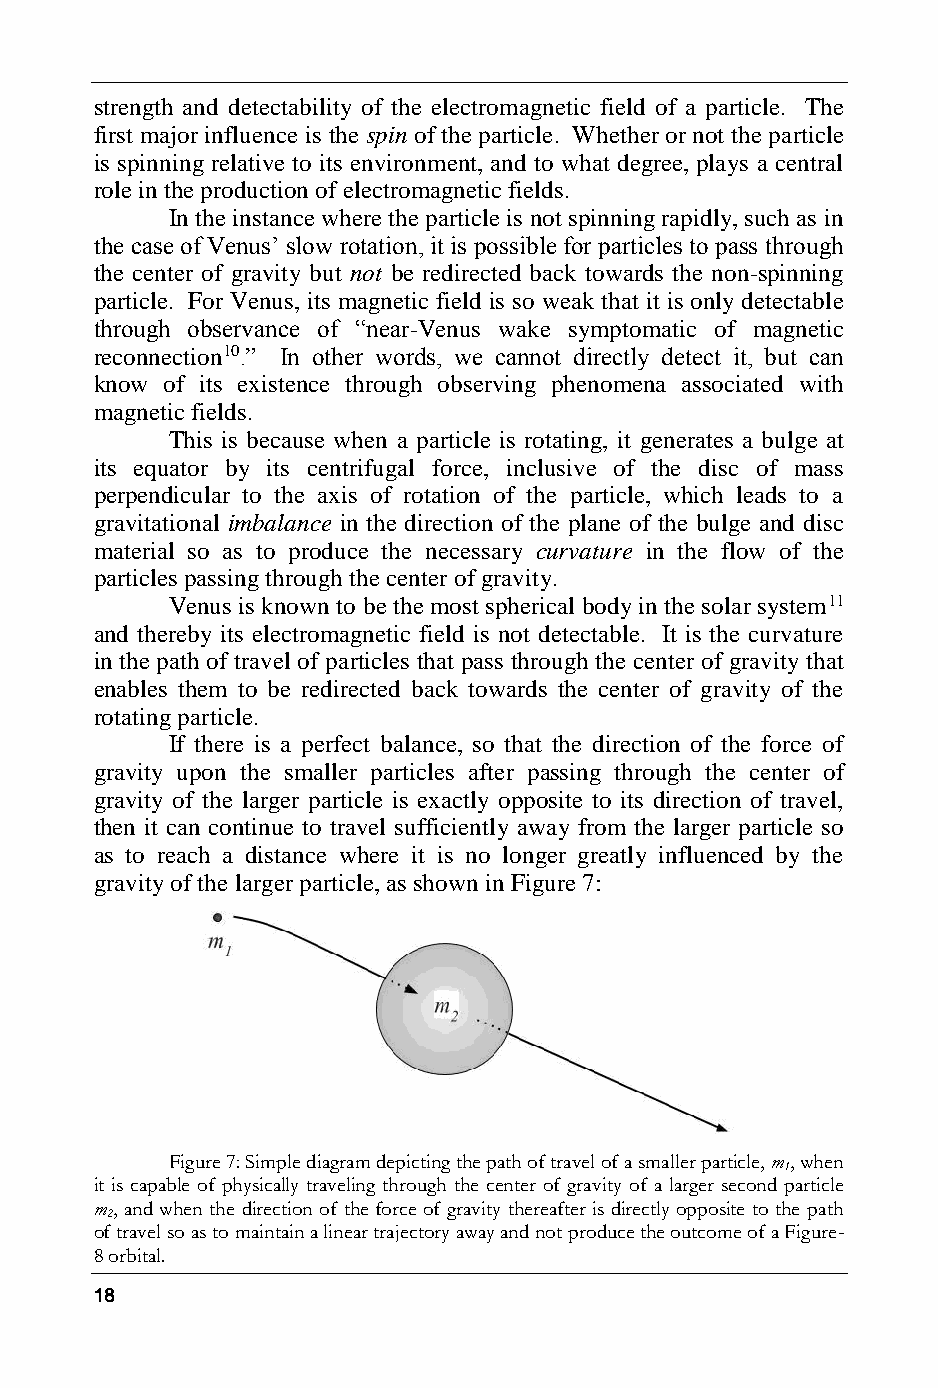
strength and detectability of the electromagnetic field of a particle. The
 first major influence is the spin of the particle. Whether or not the particle
 is spinning relative to its environment, and to what degree, plays a central
 role in the production of electromagnetic fields.
 In the instance where the particle is not spinning rapidly, such as in
 the case of Venus’ slow rotation, it is possible for particles to pass through
 the center of gravity but not be redirected back towards the non-spinning
 particle. For Venus, its magnetic field is so weak that it is only detectable
 through observance of “near-Venus wake symptomatic of magnetic
 reconnection10.” In other words, we cannot directly detect it, but can
 know of its existence through observing phenomena associated with
 magnetic fields.
 This is because when a particle is rotating, it generates a bulge at
 its equator by its centrifugal force, inclusive of the disc of mass
 perpendicular to the axis of rotation of the particle, which leads to a
 gravitational imbalance in the direction of the plane of the bulge and disc
 material so as to produce the necessary curvature in the flow of the
 particles passing through the center of gravity.
 Venus is known to be the most spherical body in the solar system11
 and thereby its electromagnetic field is not detectable. It is the curvature
 in the path of travel of particles that pass through the center of gravity that
 enables them to be redirected back towards the center of gravity of the
 rotating particle.
 If there is a perfect balance, so that the direction of the force of
 gravity upon the smaller particles after passing through the center of
 gravity of the larger particle is exactly opposite to its direction of travel,
 then it can continue to travel sufficiently away from the larger particle so
 as to reach a distance where it is no longer greatly influenced by the
 gravity of the larger particle, as shown in Figure 7:
 Figure 7: Simple diagram depicting the path of travel of a smaller particle, m, when
 1
 it is capable of physically traveling through the center of gravity of a larger second particle
 m, and when the direction of the force of gravity thereafter is directly opposite to the path
 2
 of travel so as to maintain a linear trajectory away and not produce the outcome of a Figure-
 8 orbital.
 18